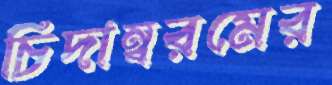
চিদাম্বরমের